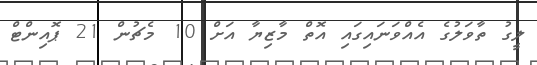
ލީގު ތާވަލުގެ އެއްވަނައިގައި އޮތް މާޒިޔާ އަށް 10 މެޗުން 21 ޕޮއިންޓް